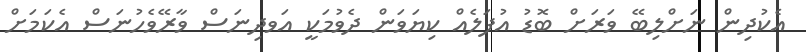
އެކުދިން ނަށްލިބޭ ވަރަށް ބޮޑު އުފަލެއް ކިޔަވަން ދެވުމަކީ އަވދިނަސް ވާރޭވެހުނަސް އެކަމަށް